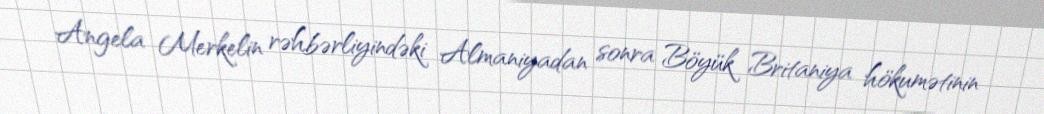
Angela Merkelin rəhbərliyindəki Almaniyadan sonra Böyük Britaniya hökumətinin